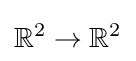
\mathbb {R} ^{2}\to \mathbb {R} ^{2}